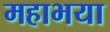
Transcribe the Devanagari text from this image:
महाभया